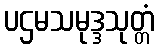
ပဌမသမုဒ္ဒသုတ္တံ